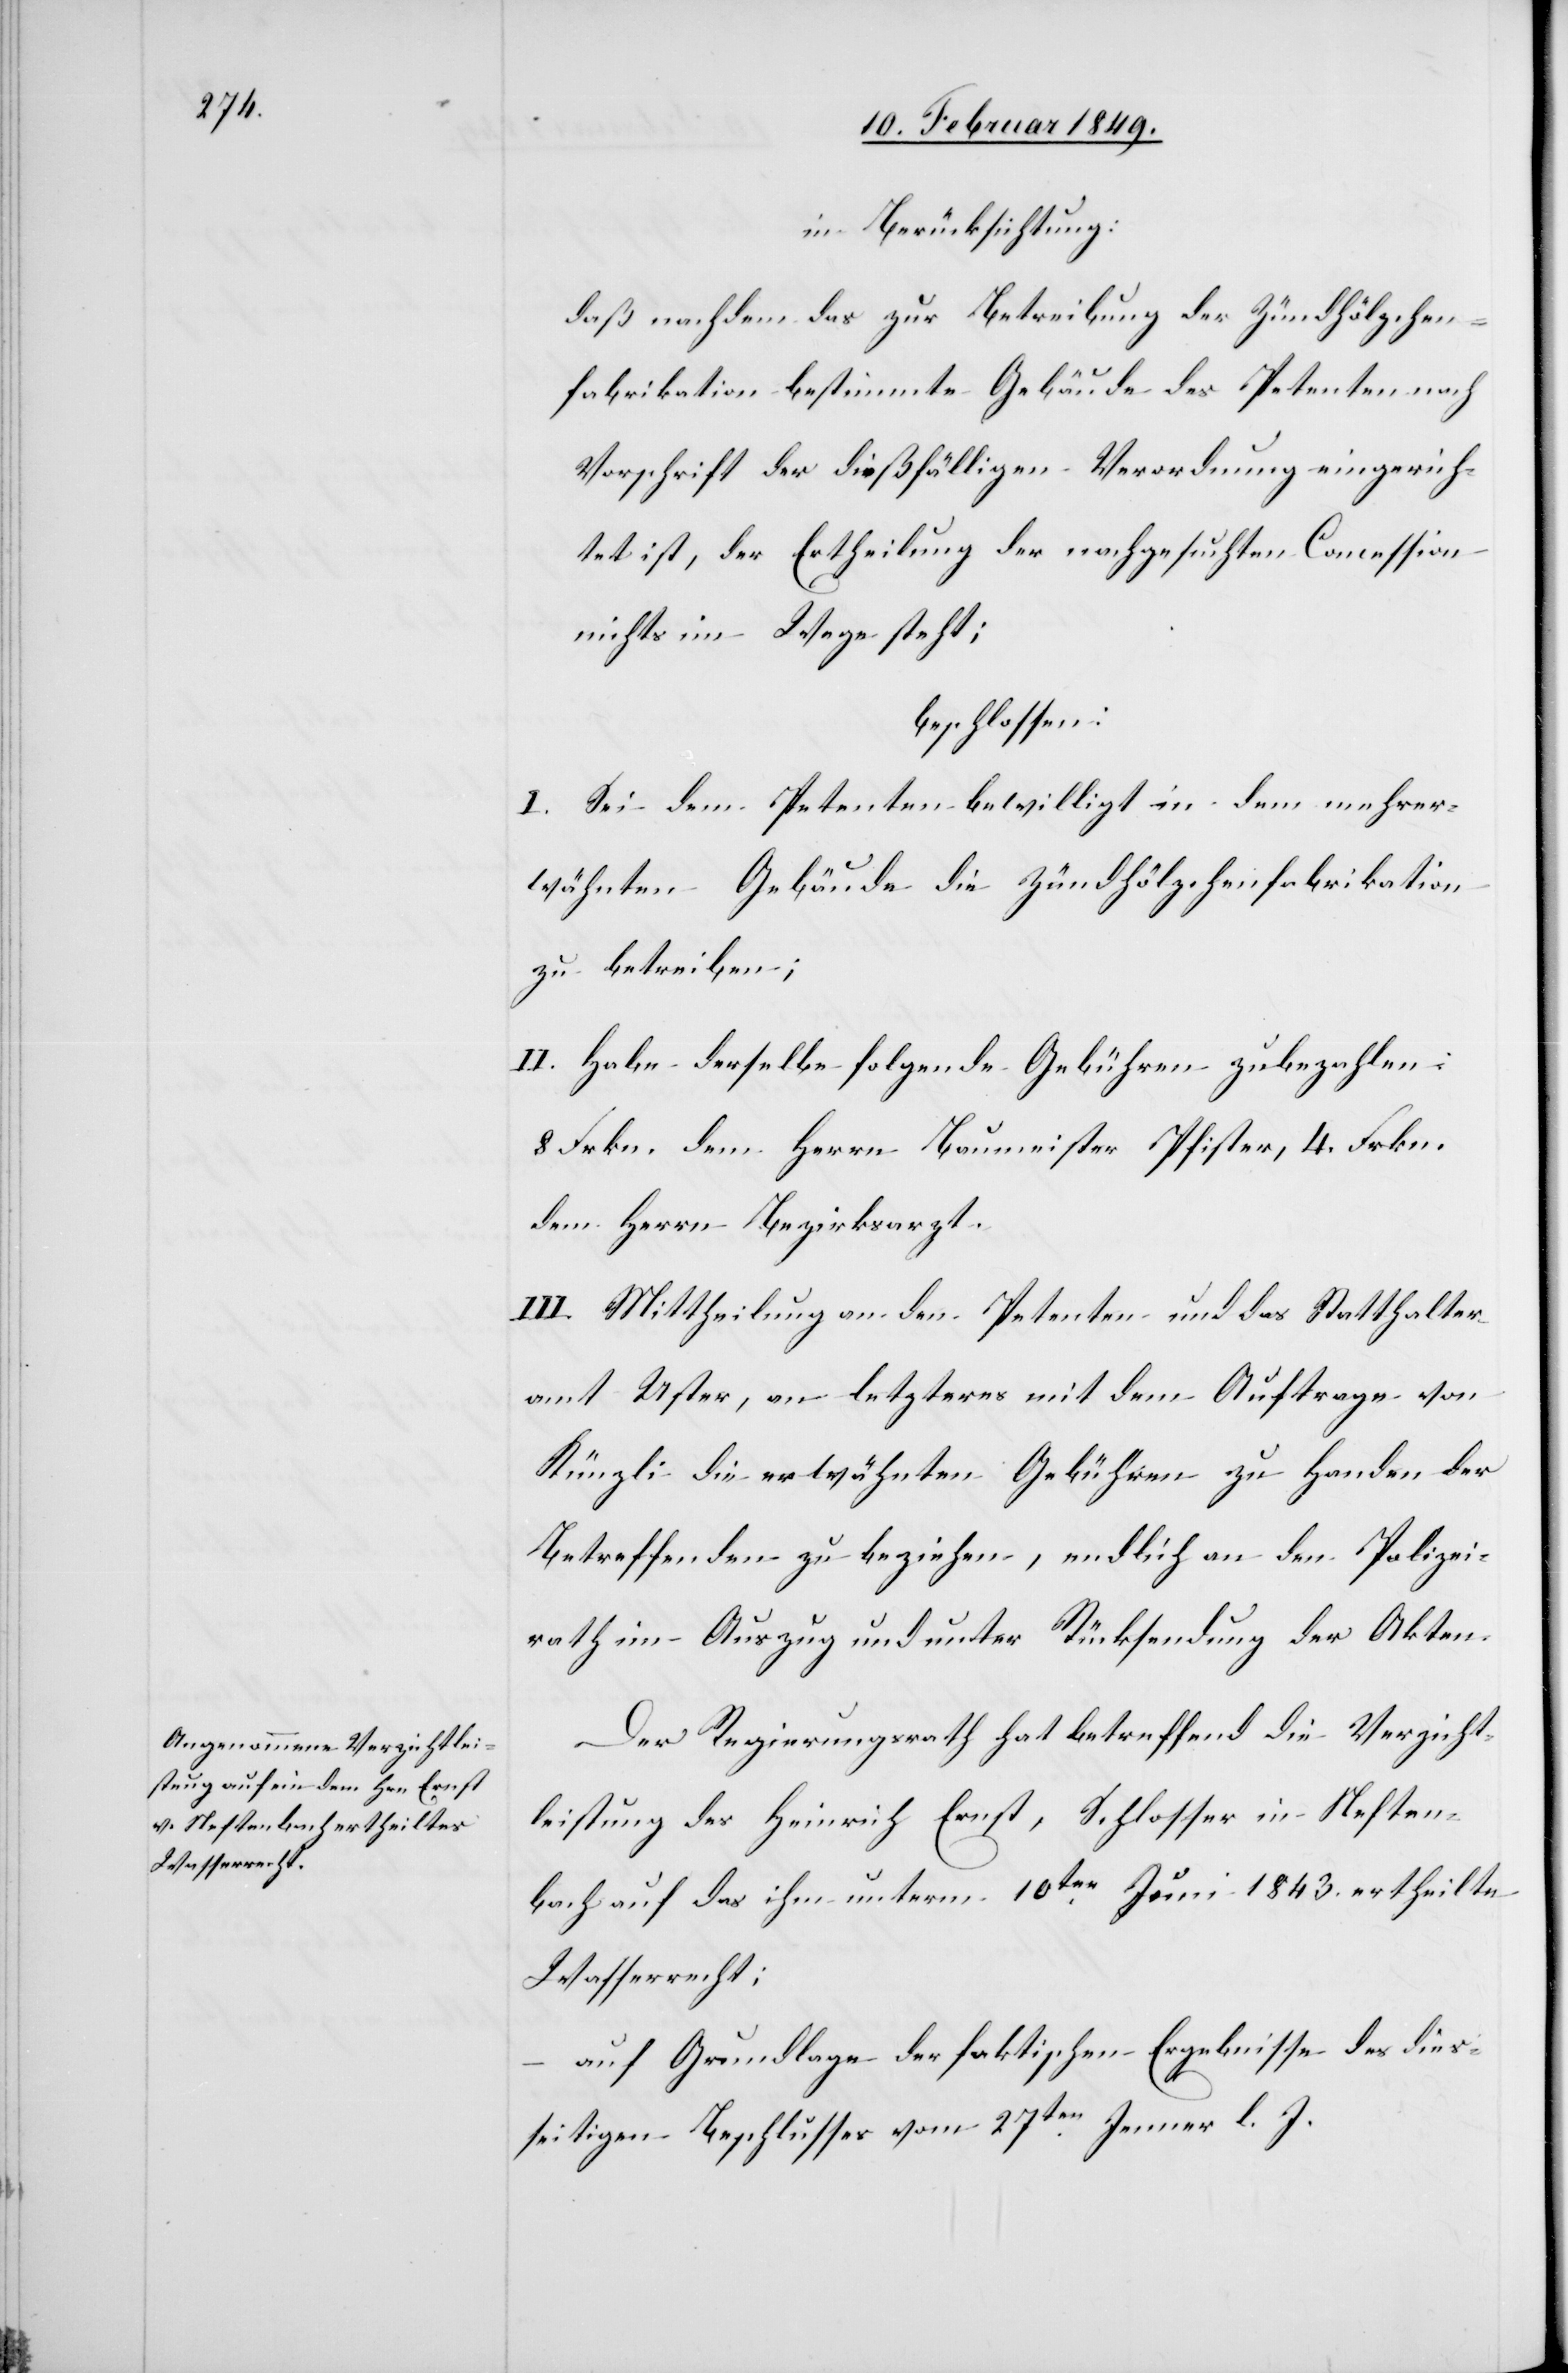
in Berücksichtigung:
daß nachdem das zur Betreibung der Zündhölzchen¬
fabrikation bestimmte Gebäude des Petenten nach
Vorschrift der dießfälligen Verordnung eingerich¬
tet ist, der Ertheilung der nachgesuchten Concession
nichts im Wege steht;
beschlossen:
I. Sei dem Petenten bewilligt in dem mehrer¬
wähnten Gebäude die Zündhölzchenfabrikation
zu betreiben;
II. Habe derselbe folgende Gebühren zubezahlen:
8 Frkn. dem Herrn Baumeister Pfister, 4. Frkn.
dem Herrn Bezirksarzt.
III. Mittheilung an den Petenten und das Statthalter¬
amt Uster, an letzteres mit dem Auftrage von
Künzli die erwähnten Gebühren zu Handen der
Betreffenden zu beziehen, endlich an den Polizei¬
rath im Auszug und unter Rücksendung der Akten.
Der Regierungsrath hat betreffend die Verzicht¬
leistung des Heinrich Ernst, Schlosser in Neften¬
bach auf das ihm unterm 10ten. Juni 1843. ertheilte
Wasserrecht;
auf Grundlage der faktischen Ergebnisse des dies¬
seitigen Beschlusses vom 27ten. Jenner l. J.